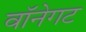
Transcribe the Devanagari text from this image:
वॉनेगट